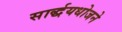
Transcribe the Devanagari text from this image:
सार्द्धयधोजने